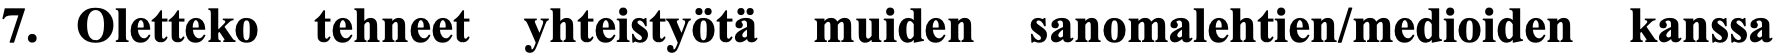
7. Oletteko tehneet yhteistyötä muiden sanomalehtien/medioiden kanssa